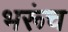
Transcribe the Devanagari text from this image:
भरूंच